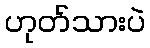
ဟုတ်သားပဲ